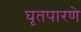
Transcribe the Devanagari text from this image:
घृतपारणे